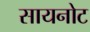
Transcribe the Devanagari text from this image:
सायनोट